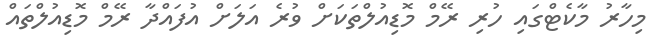
މިހާރު މާކެޓްގައި ހުރި ރޭމް މޮޑިއުލްތަކަށް ވުރެ އަލަށް އުފައްދާ ރޭމް މޮޑިއުލްތައް